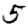
Digit: 5